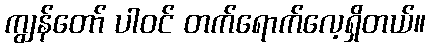
ကျွန်တော် ပါဝင် တက်ရောက်လေ့ရှိတယ်။